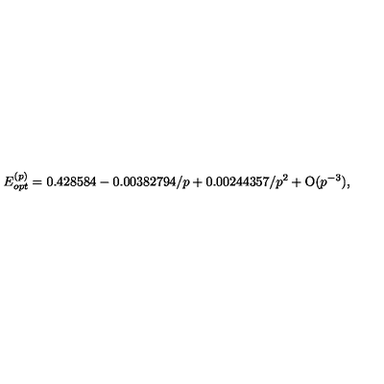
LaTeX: E _ { o p t } ^ { ( p ) } = 0 . 4 2 8 5 8 4 - 0 . 0 0 3 8 2 7 9 4 / p + 0 . 0 0 2 4 4 3 5 7 / p ^ { 2 } + \mathrm { O } ( p ^ { - 3 } ) ,